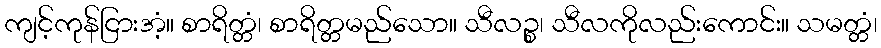
ကျင့်ကုန်ငြားအံ့။ စာရိတ္တံ၊ စာရိတ္တမည်သော။ သီလဉ္စ၊ သီလကိုလည်းကောင်း။ သမတ္တံ၊